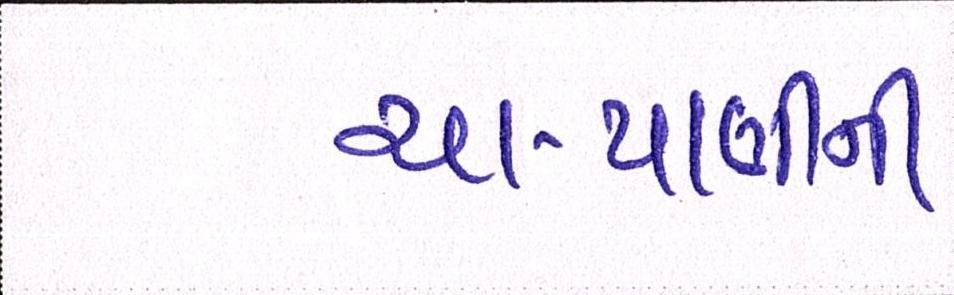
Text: ચા-પાણીની